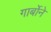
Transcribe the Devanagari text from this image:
गार्बोने